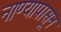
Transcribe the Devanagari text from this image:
नाण्यापासून